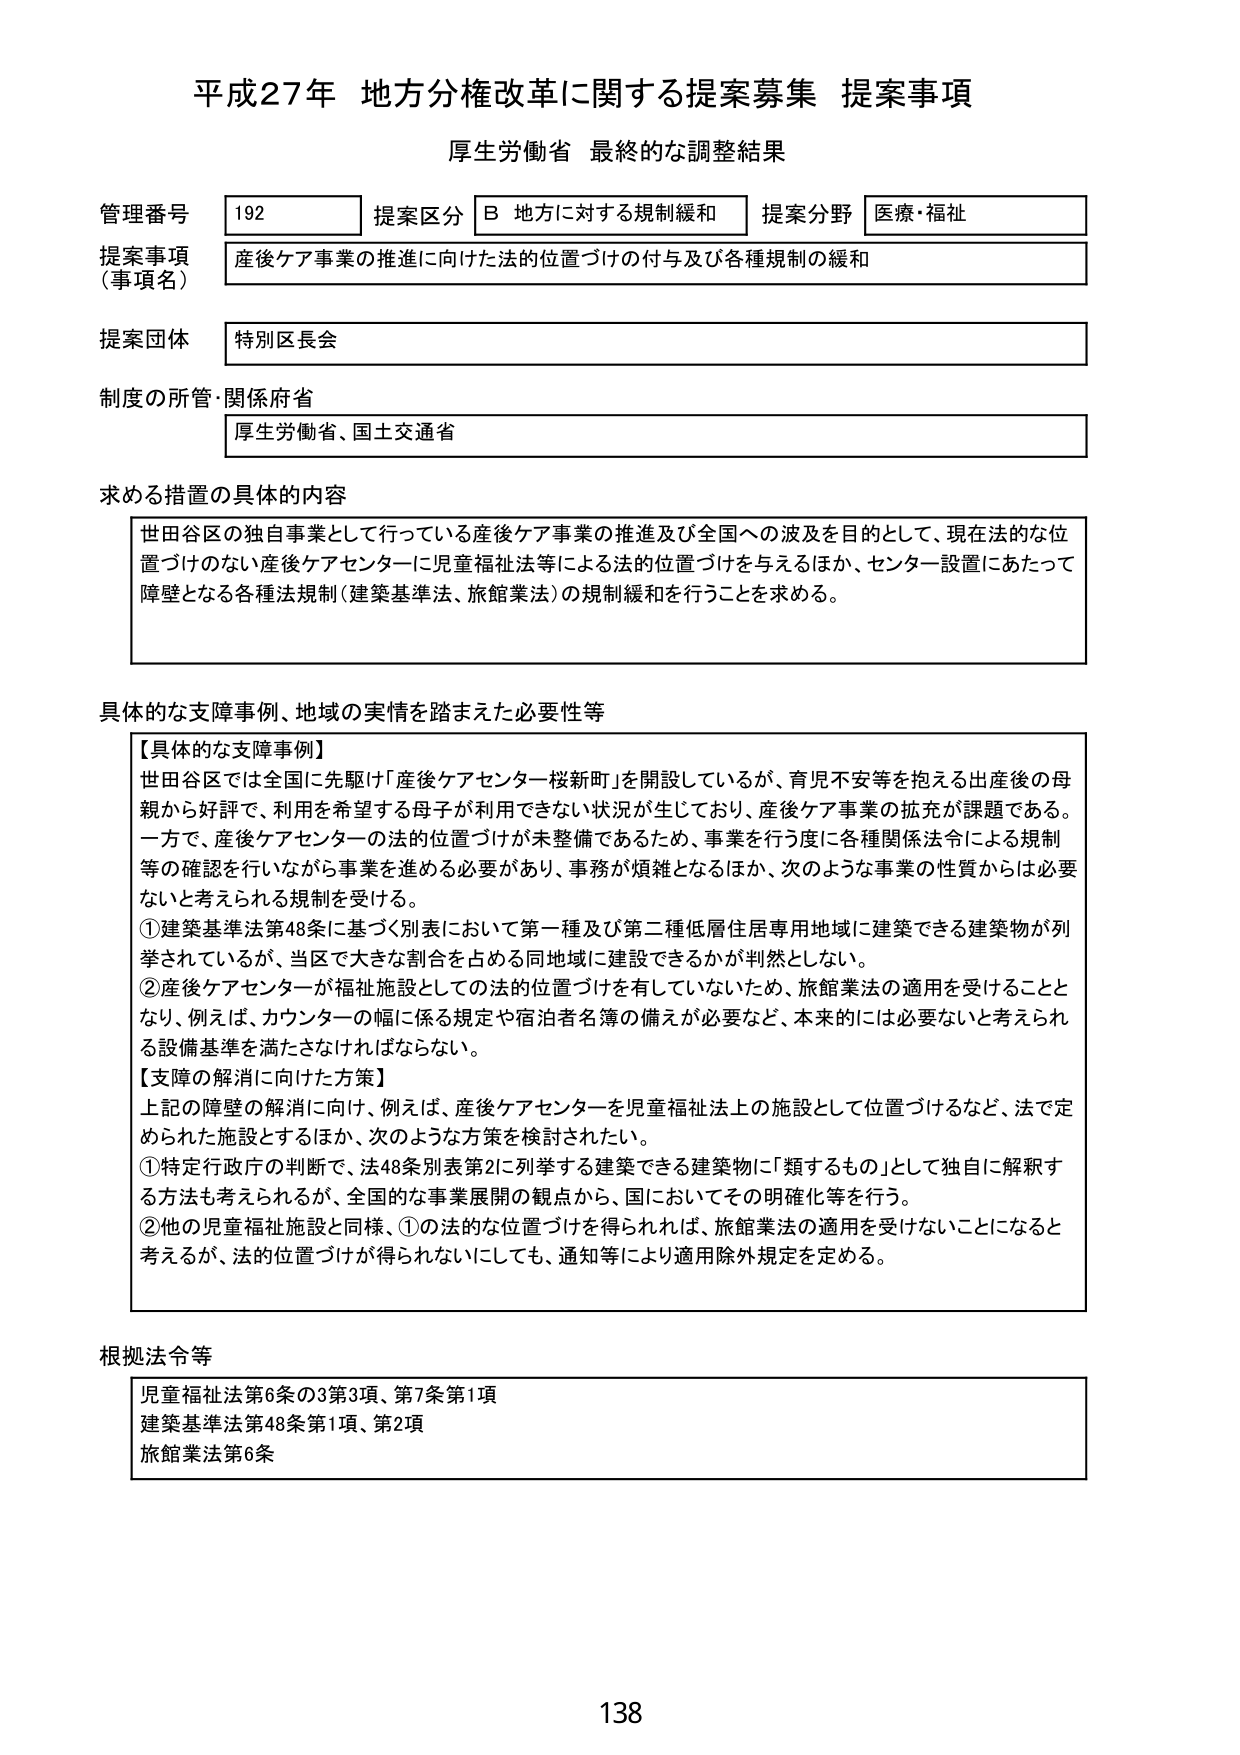
平成27年 地方分権改革に関する提案募集 提案事項
厚生労働省 最終的な調整結果

管理番号 192 提案区分 B 地方に対する規制緩和 提案分野 医療・福祉
提案事項（事項名） 産後ケア事業の推進に向けた法的位置づけの付与及び各種規制の緩和
提案団体 特別区長会
制度の所管・関係府省 厚生労働省、国土交通省

求める措置の具体的内容
世田谷区の独自事業として行っている産後ケア事業の推進及び全国への波及を目的として、現在法的な位置づけのない産後ケアセンターに児童福祉法等による法的位置づけを与えるほか、センター設置にあたって障壁となる各種法規制（建築基準法、旅館業法）の規制緩和を行うことを求める。

具体的な支障事例、地域の実情を踏まえた必要性等
【具体的な支障事例】
世田谷区では全国に先駆け「産後ケアセンター桜新町」を開設しているが、育児不安等を抱える出産後の母親から好評で、利用を希望する母子が利用できない状況が生じており、産後ケア事業の拡充が課題である。
一方で、産後ケアセンターの法的位置づけが未整備であるため、事業を行う度に各種関係法令による規制等の確認を行いながら事業を進める必要があり、事務が煩雑となるほか、次のような事業の性質からは必要ないと考えられる規制を受ける。
①建築基準法第48条に基づく別表において第一種及び第二種低層居住専用地域に建築できる建築物が列挙されているが、当区で大きな割合を占める同地域に建設できるかが判然としない。
②産後ケアセンターが福祉施設としての法的位置づけを有していないため、旅館業法の適用を受けることとなり、例えば、カウンターの幅に係る規定や宿泊者名簿の備えが必要など、本来的には必要ないと考えられる設備基準を満たさなければならない。
【支障の解消に向けた方策】
上記の障壁の解消に向け、例えば、産後ケアセンターを児童福祉法上の施設として位置づけるなど、法で定められた施設とするほか、次のような方策を検討されたい。
①特定行政庁の判断で、法48条別表第2に列挙する建築できる建築物に「類するもの」として独自に解釈する方法も考えられるが、全国的な事業展開の観点から、国においてその明確化等を行う。
②他の児童福祉施設と同様、①の法的な位置づけを得られれば、旅館業法の適用を受けないことになると考えるが、法的位置づけが得られないにしても、通知等により適用除外規定を定める。

根拠法令等
児童福祉法第6条の3第3項、第7条第1項
建築基準法第48条第1項、第2項
旅館業法第6条

138